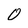
Character: 0